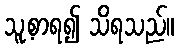
သူ့စာရ၍ သိရသည်။